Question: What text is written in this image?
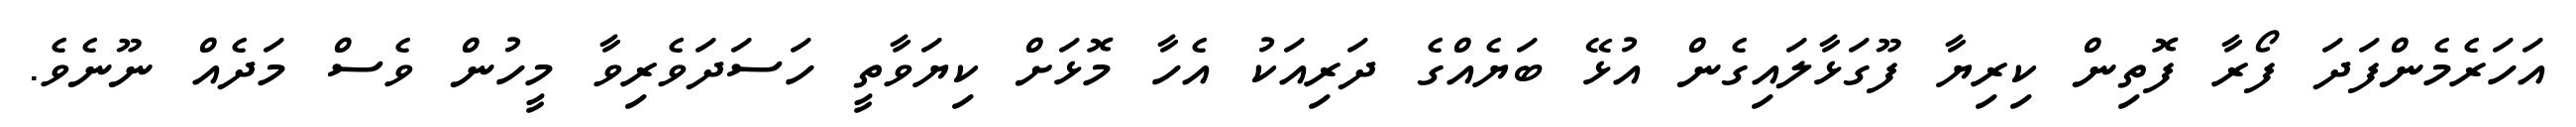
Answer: އަހަރެމެންފަދަ ފޯރާ ފޮތިން ކިރިޔާ ފޫގަޅާލައިގެން އުޅޭ ބަޔެއްގެ ދަރިއަކު އެހާ މޮޅަށް ކިޔަވާތީ ހަސަދަވެރިވާ މީހުން ވެސް މަދެއް ނޫނެވެ.